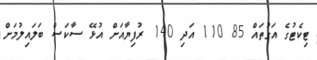
ޓިކެޓުގެ އަގުތައް 85 110 އަދި 140 ރުފިޔާއަށް އުޅޭ ސާކަސް ބަލައިލުމަށް